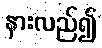
နားလည်၍